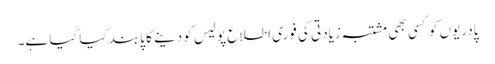
پادریوں کو کسی بھی مشتبہ زیادتی کی فوری اطلاع پولیس کو دینے کا پابند کیا گیا ہے۔